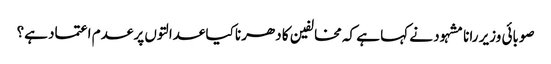
صوبائی وزیر رانا مشہود نے کہا ہے کہ مخالفین کا دھرنا کیا عدالتوں پر عدم اعتماد ہے؟